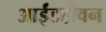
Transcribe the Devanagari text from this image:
आईंडहोवन